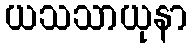
ယသသာယုနာ